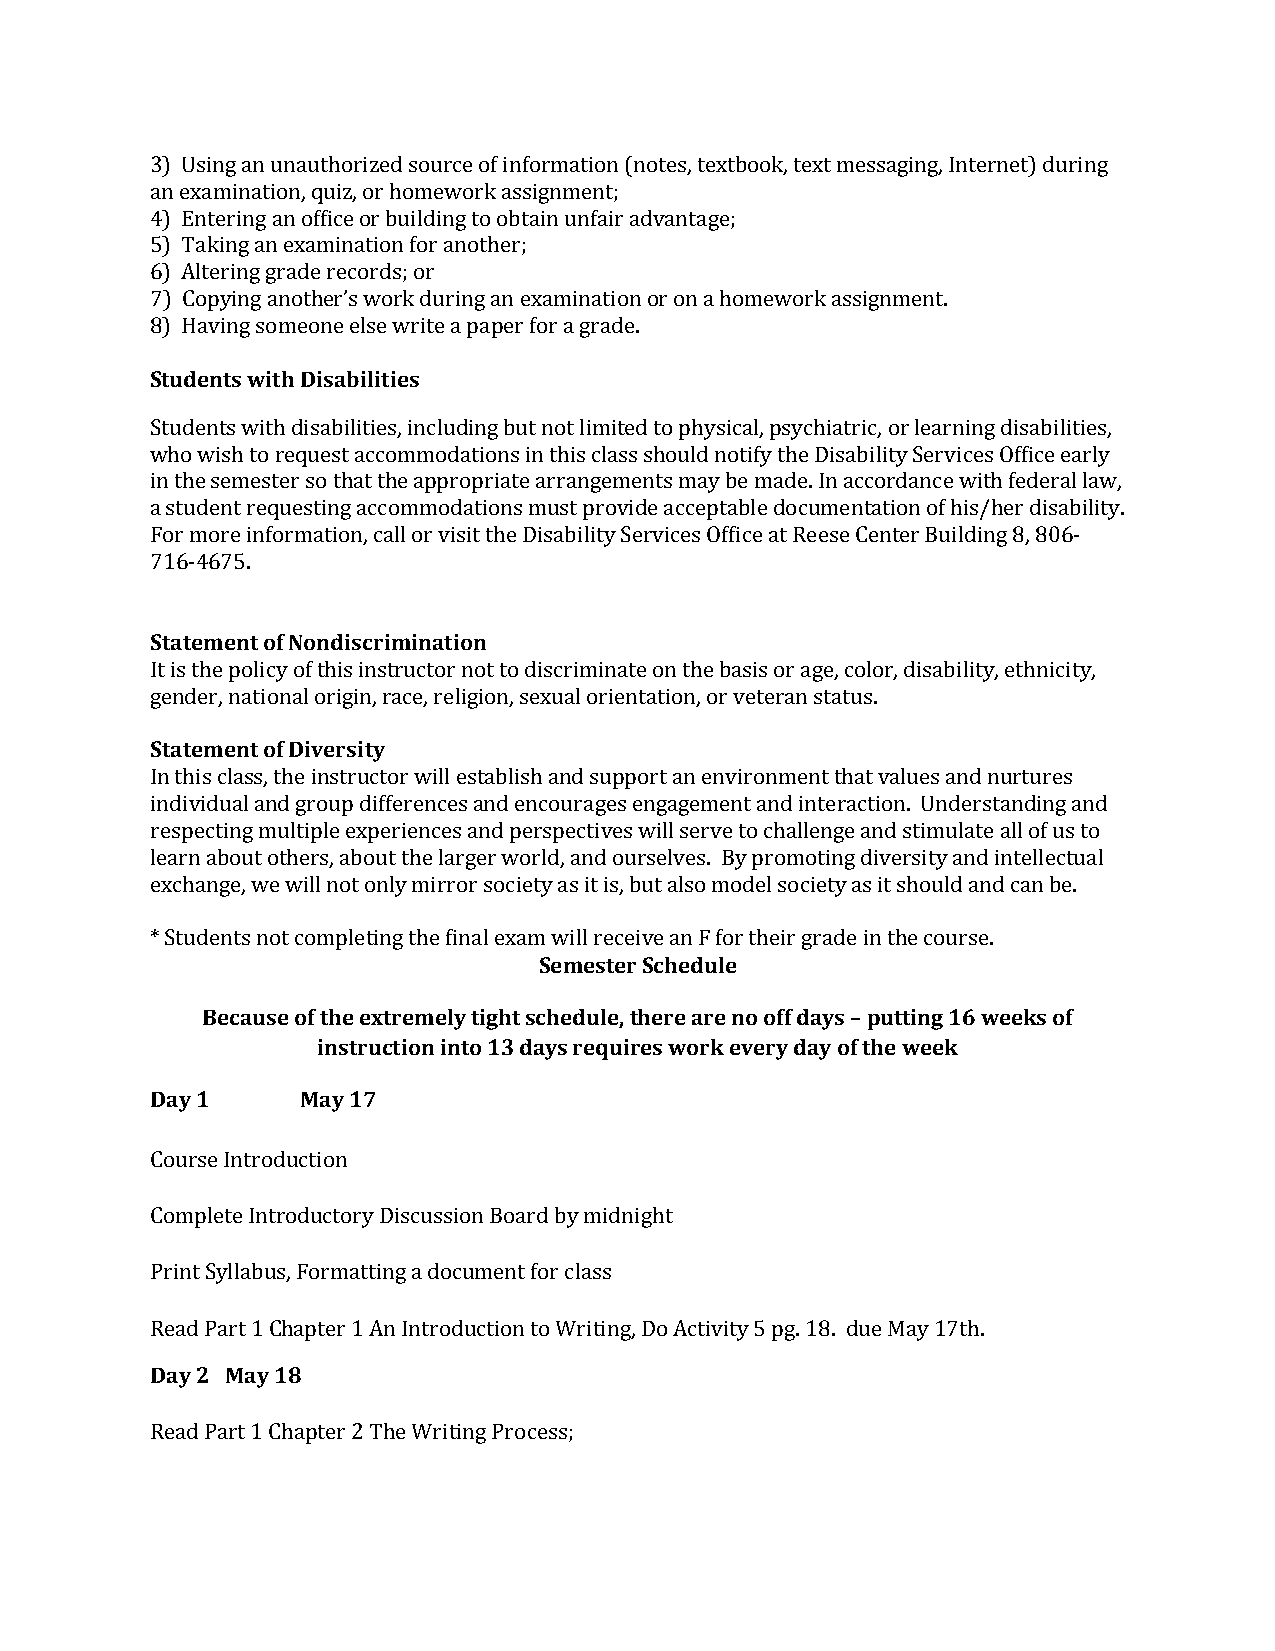
3) Using an unauthorized source of information (notes, textbook, text messaging, Internet) during
 an examination, quiz, or homework assignment;
 4) Entering an office or building to obtain unfair advantage;
 5) Taking an examination for another;
 6) Altering grade records; or
 7) Copying another’s work during an examination or on a homework assignment.
 8) Having someone else write a paper for a grade.
 Students with Disabilities
 Students with disabilities, including but not limited to physical, psychiatric, or learning disabilities,
 who wish to request accommodations in this class should notify the Disability Services Office early
 in the semester so that the appropriate arrangements may be made. In accordance with federal law,
 a student requesting accommodations must provide acceptable documentation of his/her disability.
 For more information, call or visit the Disability Services Office at Reese Center Building 8, 806-
 716-4675.
 Statement of Nondiscrimination
 It is the policy of this instructor not to discriminate on the basis or age, color, disability, ethnicity,
 gender, national origin, race, religion, sexual orientation, or veteran status.
 Statement of Diversity
 In this class, the instructor will establish and support an environment that values and nurtures
 individual and group differences and encourages engagement and interaction. Understanding and
 respecting multiple experiences and perspectives will serve to challenge and stimulate all of us to
 learn about others, about the larger world, and ourselves. By promoting diversity and intellectual
 exchange, we will not only mirror society as it is, but also model society as it should and can be.
 * Students not completing the final exam will receive an F for their grade in the course.
 Semester Schedule
 Because of the extremely tight schedule, there are no off days – putting 16 weeks of
 instruction into 13 days requires work every day of the week
 Day 1     May 17
 Course Introduction
 Complete Introductory Discussion Board by midnight
 Print Syllabus, Formatting a document for class
 Read Part 1 Chapter 1 An Introduction to Writing, Do Activity 5 pg. 18. due May 17th.
 Day 2 May 18
 Read Part 1 Chapter 2 The Writing Process;